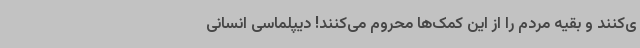
ی‌کنند و بقیه مردم را از این کمک‌ها محروم می‌کنند! دیپلماسی انسانی